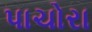
પાચોરા